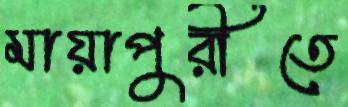
মায়াপুরীতে